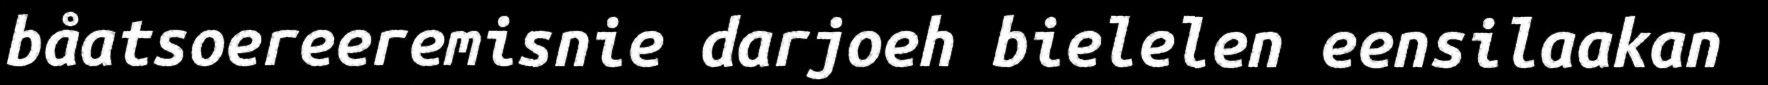
båatsoereeremisnie darjoeh bielelen eensilaakan